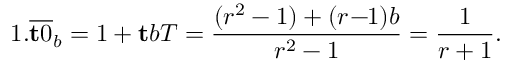
1 . { \overline { { \mathbf { t } 0 } } } _ { b } = 1 + \mathbf { t } b T = { \frac { ( r ^ { 2 } - 1 ) + ( r \! - \! \! 1 ) b } { r ^ { 2 } - 1 } } = { \frac { 1 } { r + 1 } } .